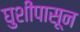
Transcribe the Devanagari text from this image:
घुशींपासून